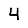
Digit: 4